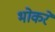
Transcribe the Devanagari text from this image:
भोकरें